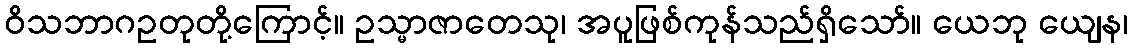
ဝိသဘာဂဥတုတို့ကြောင့်။ ဥသ္မာဇာတေသု၊ အပူဖြစ်ကုန်သည်ရှိသော်။ ယေဘု ယျေန၊